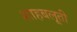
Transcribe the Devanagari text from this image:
शाहबलूती